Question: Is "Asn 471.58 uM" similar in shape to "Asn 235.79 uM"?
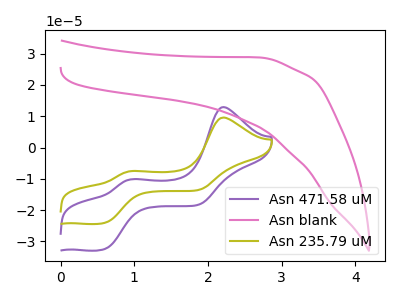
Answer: <think>The purple curve "Asn 471.58 uM" has anodic peaks at (2.20V, 12.95uA) (0.95V, -10.10uA) and cathodic peaks at (0.60V, -32.45uA) (1.85V, -18.25uA). The pink curve "Asn blank" has no peaks. The olive curve "Asn 235.79 uM" has anodic peaks at (2.20V, 9.60uA) (0.95V, -7.50uA) and cathodic peaks at (0.60V, -24.10uA) (1.85V, -13.55uA).
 All the peaks in "Asn 471.58 uM" have a peak in "Asn 235.79 uM" at the same potential.</think>
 <answer>"Asn 471.58 uM" and "Asn 235.79 uM" are similar in shape.</answer>
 <eval>same_shape</eval>